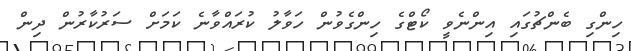
ހިންގި ބެންޗުގައި އިންނެވީ ކޯޓްގެ ހިންގެވުން ހަވާލު ކުރައްވާނެ ކަމަށް ސަރުކާރުން ދިން